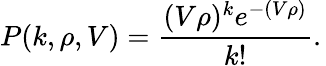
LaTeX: P(k,\rho,V)={\frac{(V\rho)^{k}e^{-(V\rho)}}{k!}}.\,